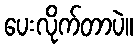
ပေးလိုက်တာပဲ။